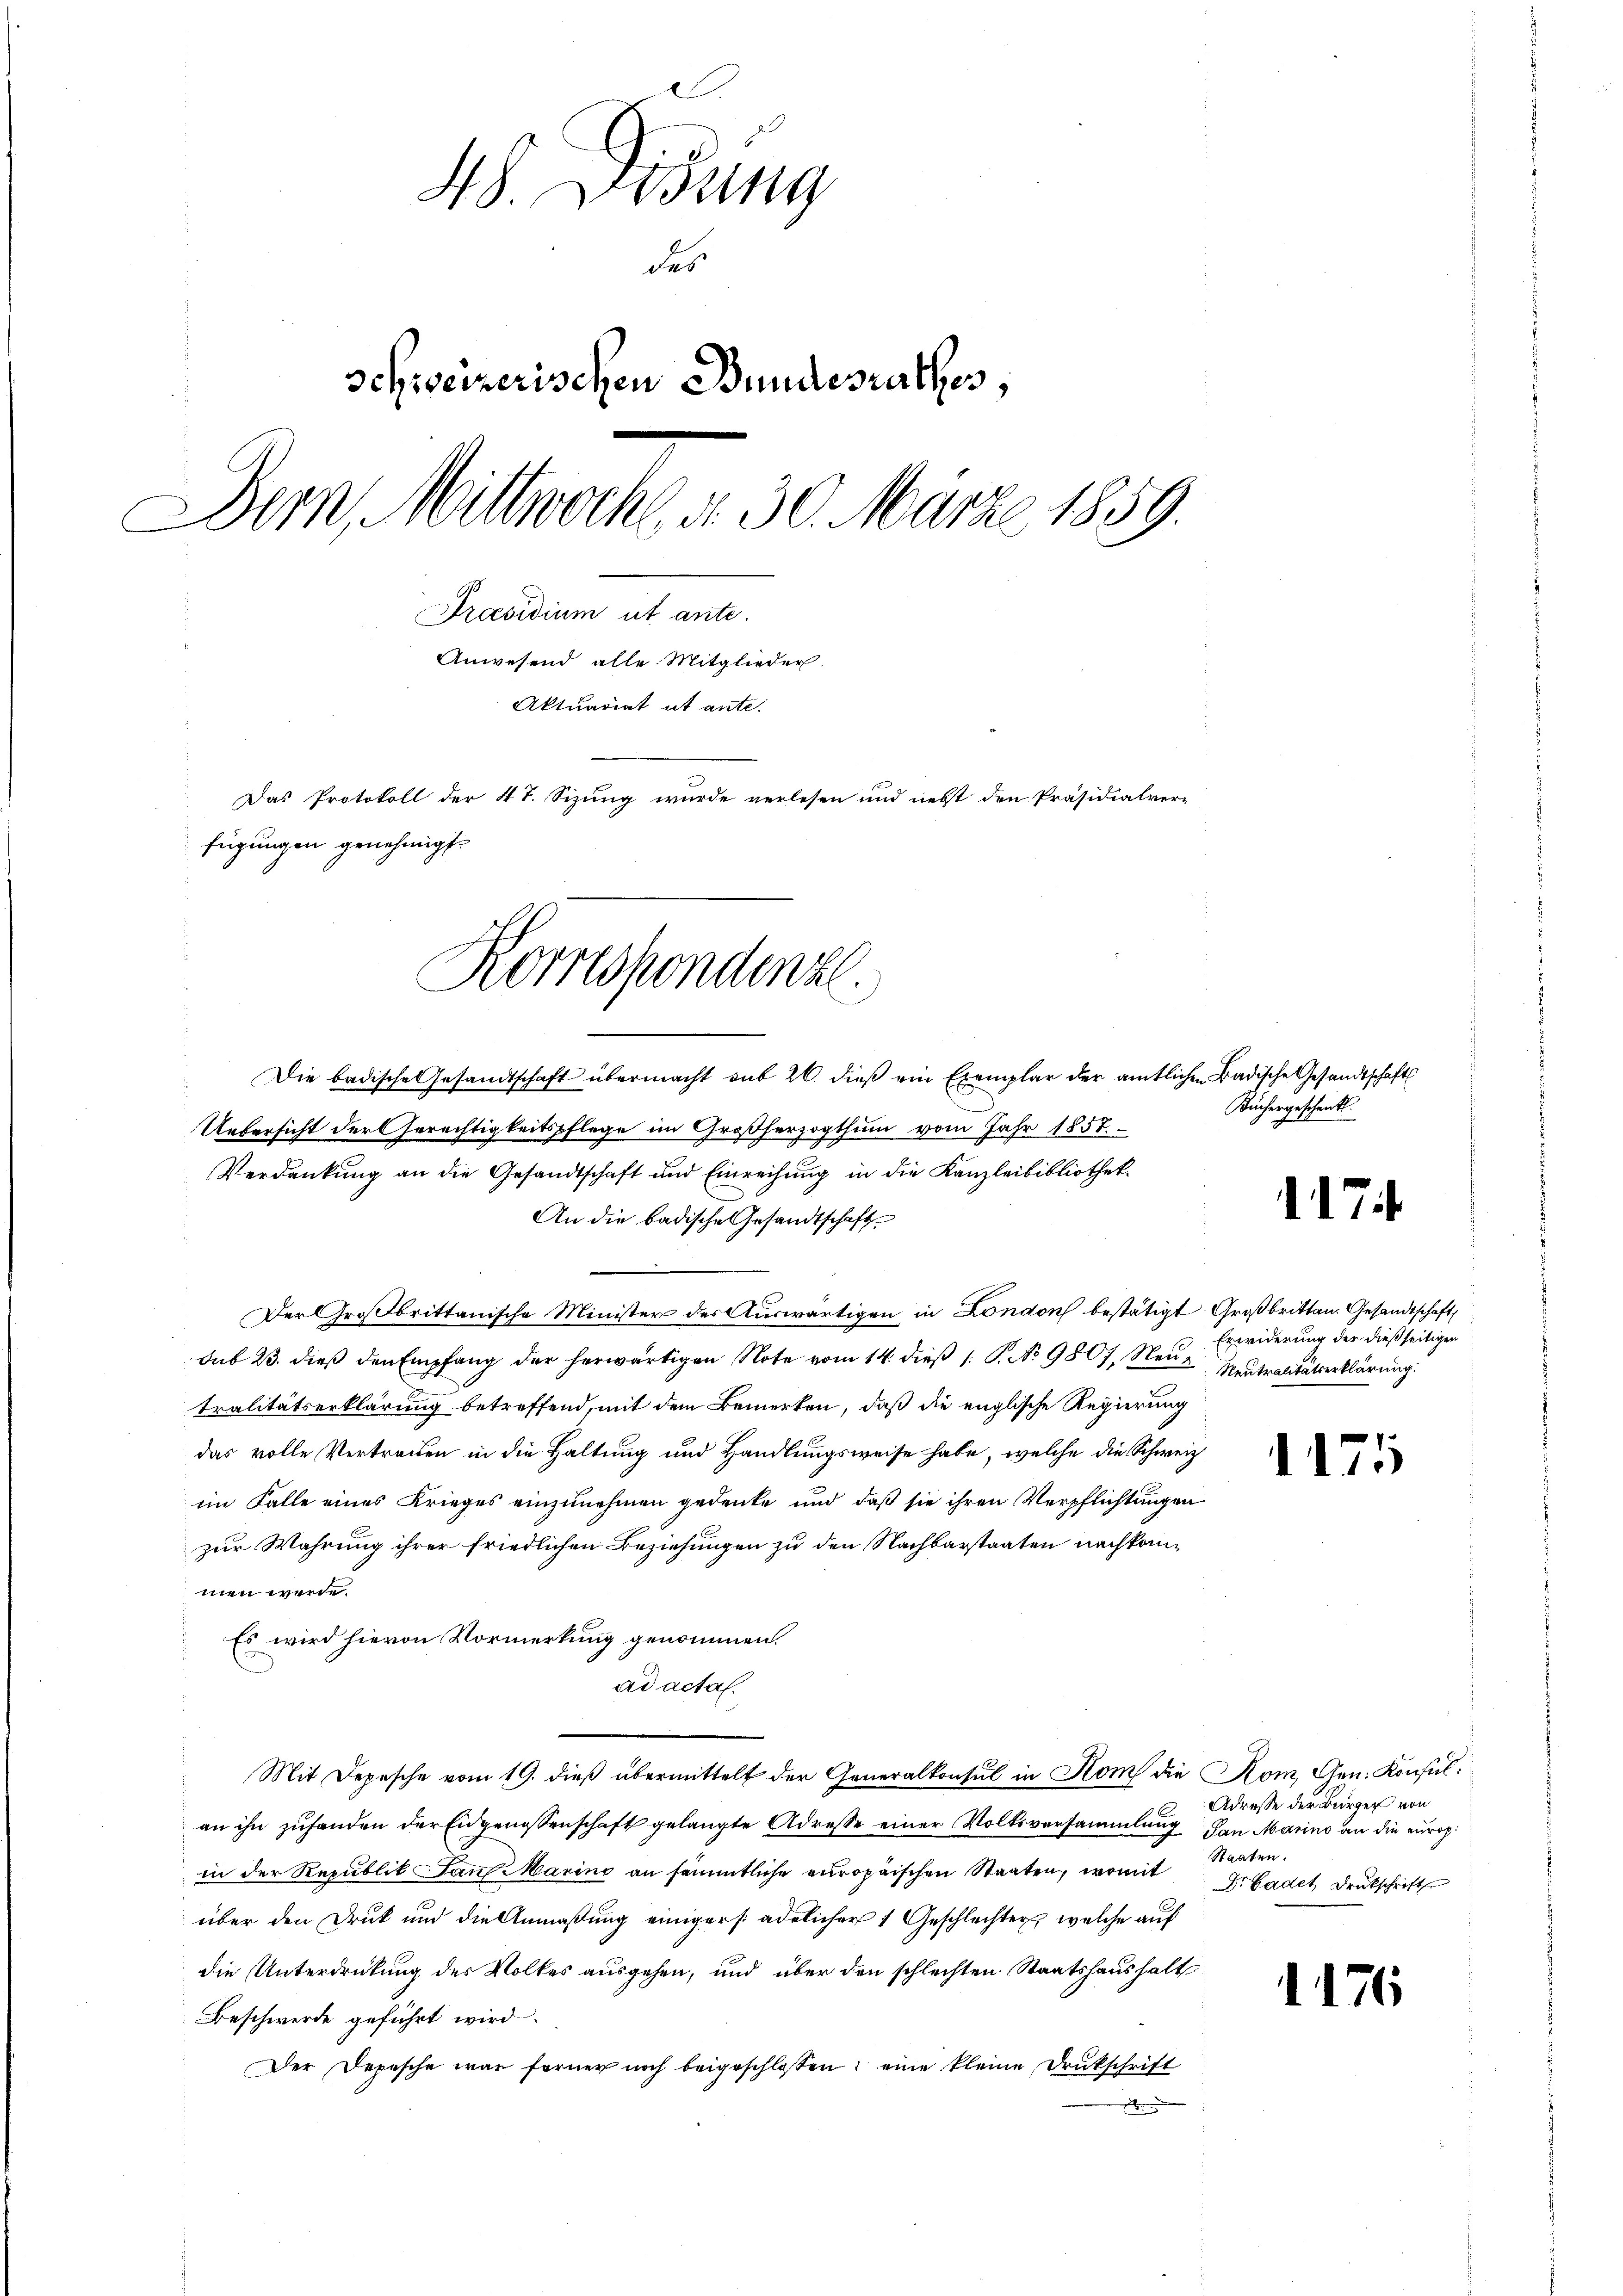
48. Disung
des
schweizerischen Bundesurthes,
Dem Mittwoch, d. 30. März 1859.
Präsidium ut ante.
Anwesend alle Mitglieder.
Aktuariat ut ante.
Das Protokoll der 4t. Sizung wurde verlesen und nebst den Präsidialver-
fügungen genehmigt.
Korrespondenzl.

Die badische Gesandtschaft übermacht sub 20. dieβ ein Exemplar der amtlichen Badische Gesandtschafts
Uebersicht der Gerechtigkeitspflege im Großherzogthum vom Jahr 1857.
Verdankung an die Gesandtschaft und Einreihung in die Kanzleibibliothek
An die badische Gesandtschaft
Der Großbrittanische Minister des Auswärtigen in London bestätigt Großbritten. Gesandtschaft
sub 23. dieß den Empfang der herwärtigen Note vom 14. dieß (: P. No. 9807, Neue Neutralitätserklärung.
tralitätserklärung betreffend, mit dem Bemerken, daß die englische Regierung
das volle Vertrauen in die Haltung und Handlungsweise habe, welche die Schweiz
im Falle eines Krieges einzunehmen gedenke und daß sie ihren Verpflichtungen
zur Wahrung ihrer friedlichen Beziehungen zu den Nachbarstaaten nachkommen werde.
Es wird hievon Vormerkung genommen.
ad actal.
Mit Depesche vom 19. dieß übermittelt der Generalkonsul in Kom die Kom, Gen. Konsulan ihn zufanden der Eidgenossenschaft gelangte Adresse einer Volksversammlung den Marina an die europ
in der Republit auf Marine an sämmtliche europaischen Staaten, womit
über den Druck und die Anmaßung einigers adelicher 1 Geschlechter, welche auf
die Unterdrückung des Volkes ausgehen, und über den schlechten Staatshaushalt
Beschwerde geführt wird.
Der Depesche war ferner noch beigeschlossen, eine kleine Drukschrift
.

Küchergeschenkt.

117

Erwiderung der dießseitigen

1175

Adresse der Bürger von
Staaten.
Dr. Gadet, Druckschrift

.

.